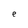
Character: e